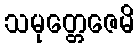
သမုတ္တေဇေမိ